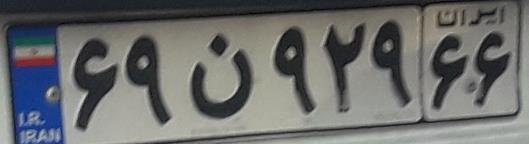
۶۹ن۹۲۹۶۶